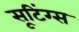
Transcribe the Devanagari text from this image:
सूटिंग्स